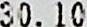
30.10